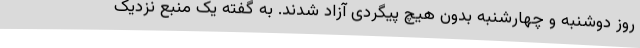
روز دوشنبه و چهارشنبه بدون هیچ پیگردی آزاد شدند. به گفته یک منبع نزدیک